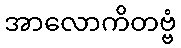
အာလောကိတဗ္ဗံ